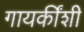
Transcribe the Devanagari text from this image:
गायकींशी